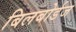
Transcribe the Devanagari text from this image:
बिलबोर्डज